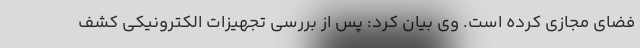
فضای مجازی کرده است. وی بیان کرد: پس از بررسی تجهیزات الکترونیکی کشف‌